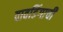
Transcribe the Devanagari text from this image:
वावडिंगाची